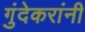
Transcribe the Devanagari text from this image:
गुंदेकरांनी